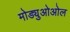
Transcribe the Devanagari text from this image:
मोड्युओओल